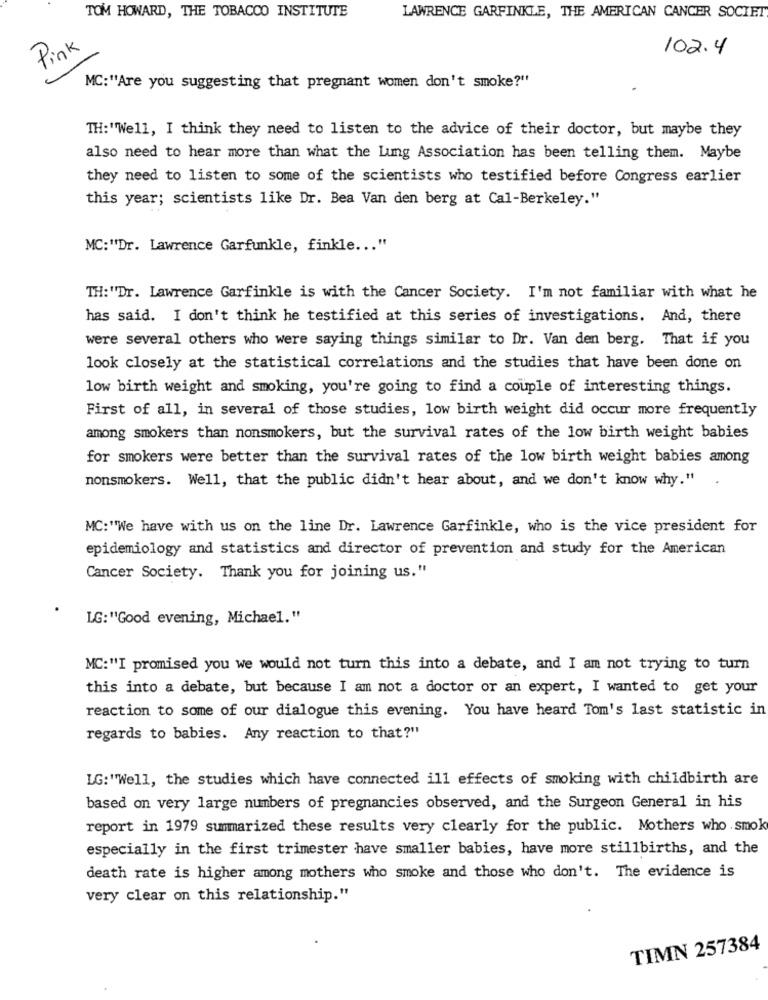
TOM HOWARD, THE TOBACCO INSTITUTE
LAWRENCE GARFINKLE, THE AMERICAN CANCER SOCIET
Pink
102.4
MC:"Are you suggesting that pregnant women don't smoke?"
TH:"Well, I think they need to listen to the advice of their doctor, but maybe they
also need to hear more than what the Lung Association has been telling them. Maybe
they need to listen to some of the scientists who testified before Congress earlier
this year; scientists like Dr. Bea Van den berg at Cal-Berkeley."
MC:"Dr. Lawrence Garfunkle, finkle ... "
TH: "Dr. Lawrence Garfinkle is with the Cancer Society. I'm not familiar with what he
has said. I don't think he testified at this series of investigations. And, there
were several others who were saying things similar to Dr. Van den berg. That if you
look closely at the statistical correlations and the studies that have been done on
low birth weight and smoking, you're going to find a couple of interesting things.
First of all, in several of those studies, low birth weight did occur more frequently
among smokers than nonsmokers, but the survival rates of the low birth weight babies
for smokers were better than the survival rates of the low birth weight babies among
nonsmokers. Well, that the public didn't hear about, and we don't know why."
MC:"We have with us on the line Dr. Lawrence Garfinkle, who is the vice president for
epidemiology and statistics and director of prevention and study for the American
Cancer Society. Thank you for joining us."
LG:"'Good evening, Michael."
MC:"I promised you we would not turn this into a debate, and I am not trying to turn
this into a debate, but because I am not a doctor or an expert, I wanted to get your
reaction to some of our dialogue this evening. You have heard Tom's last statistic in
regards to babies. Any reaction to that?"
LG:"Well, the studies which have connected ill effects of smoking with childbirth are
based on very large numbers of pregnancies observed, and the Surgeon General in his
report in 1979 summarized these results very clearly for the public. Mothers who smok
especially in the first trimester have smaller babies, have more stillbirths, and the
death rate is higher among mothers who smoke and those who don't. The evidence is
very clear on this relationship."
TIMN 257384